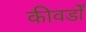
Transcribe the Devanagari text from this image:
कीवर्डों